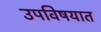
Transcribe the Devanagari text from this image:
उपविषयात